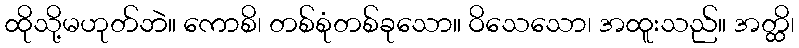
ထိုသို့မဟုတ်ဘဲ။ ကောစိ၊ တစ်စုံတစ်ခုသော။ ဝိသေသော၊ အထူးသည်။ အတ္ထိ၊